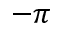
- \pi